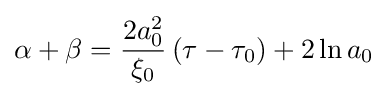
\alpha +\beta ={\frac {2a_{0}^{2}}{\xi _{0}}}\left(\tau -\tau _{0}\right)+2\ln a_{0}